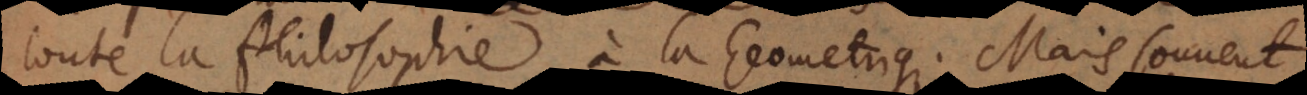
toute la Philosophie à la Geometrique. Mais souvent